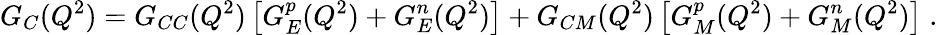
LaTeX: G_{C}(Q^{2})=G_{CC}(Q^{2})\left[G_{E}^{p}(Q^{2})+G_{E}^{n}(Q^{2})\right]+G_{CM}(Q^{2})\left[G_{M}^{p}(Q^{2})+G_{M}^{n}(Q^{2})\right]\; .